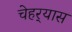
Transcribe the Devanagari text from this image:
चेहर्‍यास